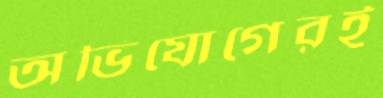
অভিযোগেরই